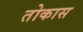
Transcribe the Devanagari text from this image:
तोकास